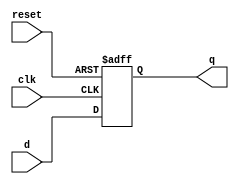

module d_flipflop(input d,
                 input clk,
                 input reset,
                  output reg q);
  always @(posedge clk or negedge reset)
    if(~reset)begin
       q <= 0;
    end
    else 
       q <= d;
   // end 
endmodule